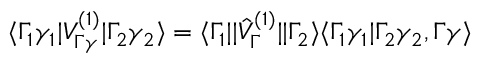
\langle \Gamma _ { 1 } \gamma _ { 1 } | V _ { \Gamma \gamma } ^ { ( 1 ) } | \Gamma _ { 2 } \gamma _ { 2 } \rangle = \langle \Gamma _ { 1 } | | \hat { V } _ { \Gamma } ^ { ( 1 ) } | | \Gamma _ { 2 } \rangle \langle \Gamma _ { 1 } \gamma _ { 1 } | \Gamma _ { 2 } \gamma _ { 2 } , \Gamma \gamma \rangle